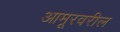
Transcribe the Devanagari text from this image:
आमूरवरील